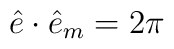
\hat{e} \cdot \hat{e}_m = 2\pi